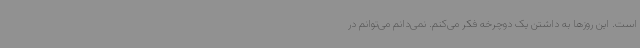
است. این روزها به داشتن یک دوچرخه فکر می‌کنم. نمی‌دانم می‌توانم در